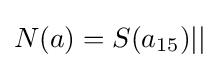
N(a)=S(a_{15})||